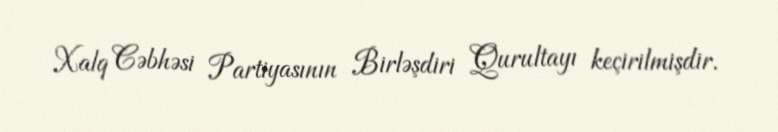
Xalq Cəbhəsi Partiyasının Birləşdiri Qurultayı keçirilmişdir.